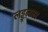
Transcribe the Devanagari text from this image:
लड्डूलाल